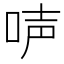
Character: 𠴢